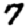
Digit: 7